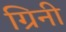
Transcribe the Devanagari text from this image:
ग्रिनी